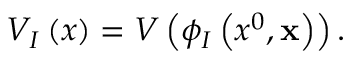
V _ { I } \left( x \right) = V \left( \phi _ { I } \left( x ^ { 0 } , { \bf x } \right) \right) .